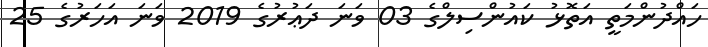
ހައްދުންމަތީ އަތޮޅު ކައުންސިލްގެ 03 ވަނަ ދަޢުރުގެ 2019 ވަނަ އަހަރުގެ 25